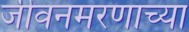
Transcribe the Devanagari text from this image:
जीवनमरणाच्या